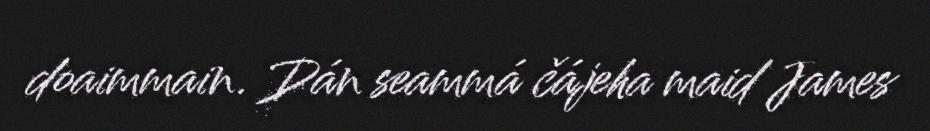
doaimmain. Dán seammá čájeha maid James